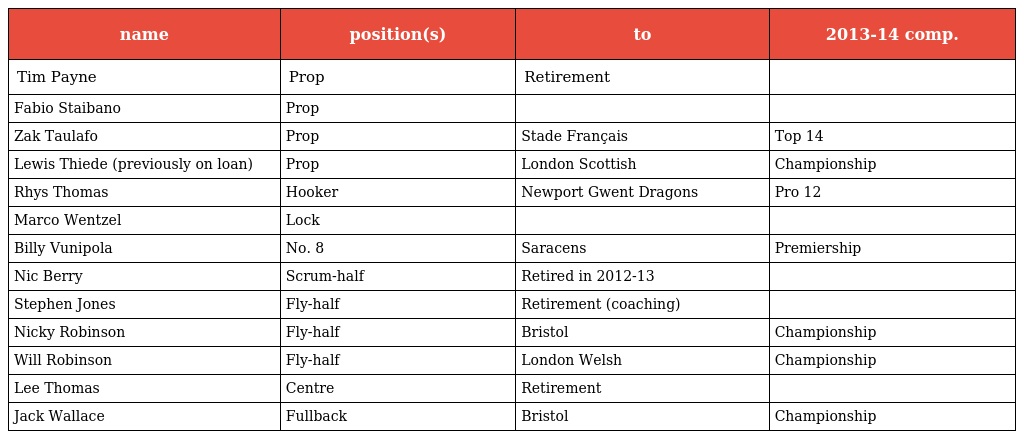
| name | position(s) | to | 2013-14 comp. |
 | --- | --- | --- | --- |
 | Tim Payne | Prop | Retirement |  |
 | Fabio Staibano | Prop |  |  |
 | Zak Taulafo | Prop | Stade Français | Top 14 |
 | Lewis Thiede (previously on loan) | Prop | London Scottish | Championship |
 | Rhys Thomas | Hooker | Newport Gwent Dragons | Pro 12 |
 | Marco Wentzel | Lock |  |  |
 | Billy Vunipola | No. 8 | Saracens | Premiership |
 | Nic Berry | Scrum-half | Retired in 2012-13 |  |
 | Stephen Jones | Fly-half | Retirement (coaching) |  |
 | Nicky Robinson | Fly-half | Bristol | Championship |
 | Will Robinson | Fly-half | London Welsh | Championship |
 | Lee Thomas | Centre | Retirement |  |
 | Jack Wallace | Fullback | Bristol | Championship |